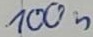
Text: 100n